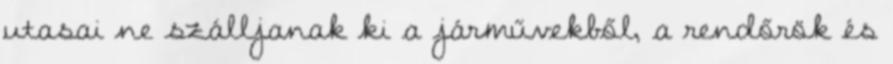
utasai ne szálljanak ki a járművekből, a rendőrök és